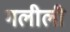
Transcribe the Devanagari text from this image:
गलीली